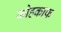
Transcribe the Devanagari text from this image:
कोहकाफ